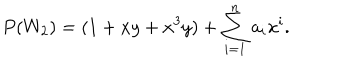
LaTeX: P ( W _ { 2 } ) = ( 1 + x y + x ^ { 3 } y ) + \sum _ { i = 1 } ^ { n } a _ { i } x ^ { i } .